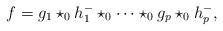
LaTeX: \begin{align*}f = g_1 \star_0 h_1^- \star_0 \dots \star_0 g_p \star_0 h_p^-,\end{align*}